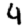
Digit: 4